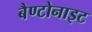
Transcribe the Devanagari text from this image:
बैण्टोनाइट